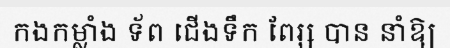
កងកម្លាំង ទ័ព ជើងទឹក ពែរ្ស បាន នាំឱ្យ